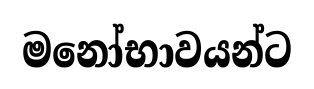
මනෝභාවයන්ට